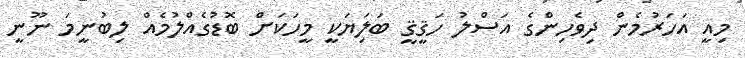
މިއީ އަހަރުމެން ދިވެހިންގެ އަސްލު ހަޤީޤީ ބަލިަޔަކީ މީހަކަށް ބޮޑުގެއްލުމެއް ލިބުނީމަ ނޫނީ